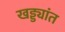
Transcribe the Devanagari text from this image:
खड्ड्यांत